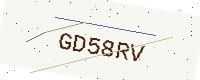
Text: GD58RV